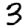
Digit: 3